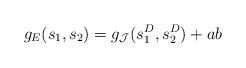
LaTeX: \begin{align*}g_E(s_1,s_2)=g_{\mathcal{J}}(s_1^D,s_2^D)+ab\end{align*}